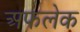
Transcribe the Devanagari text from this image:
अफलेक